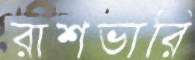
রাশভারি